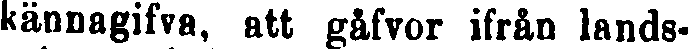
kännagifva, att gåfvor ifrån lands-